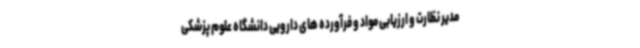
مدیر نظارت و ارزیابی مواد و فرآورده های دارویی دانشگاه علوم پزشکی